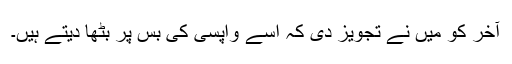
آخر کو میں نے تجویز دی کہ اسے واپسی کی بس پر بٹھا دیتے ہیں۔